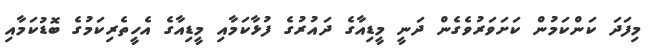
މިފަދަ ކަންކަމުން ކަށަވަރުވެގެން ދަނީ މީޑިއާގެ ދައުރުގެ ފުޅާކަމާއި މީޑިއާގެ އެހީތެރިކަމުގެ ބޮޑުކަމާއި